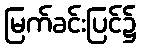
မြက်ခင်းပြင်၌